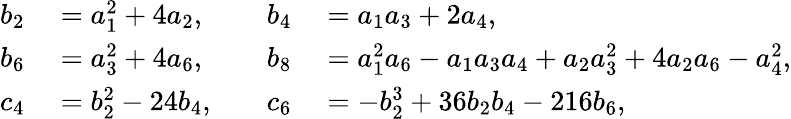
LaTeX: \begin{array}{rlrl}{b_{2}}&{{}=a_{1}^{2}+4a_{2},\quad}&{b_{4}}&{{}=a_{1}a_{3}+2a_{4},}\\ {b_{6}}&{{}=a_{3}^{2}+4a_{6},\quad}&{b_{8}}&{{}=a_{1}^{2}a_{6}-a_{1}a_{3}a_{4}+a_{2}a_{3}^{2}+4a_{2}a_{6}-a_{4}^{2},}\\ {c_{4}}&{{}=b_{2}^{2}-24b_{4},\quad}&{c_{6}}&{{}=-b_{2}^{3}+36b_{2}b_{4}-216b_{6},}\end{array}